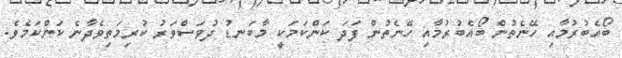
ބޯއެބުރުމާއި ހޭނެތުން ބޯއެބުރުމާއި ހޭނެތުން ފަދަ ކަންކަމަކީ މާބަނޑު ދުވަސްވަރު ކުރިމަތިވެދާނެ ކަންކަމެވެ.